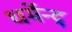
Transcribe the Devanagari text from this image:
धर्मेन्द्र्